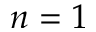
n = 1